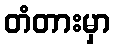
တံတားမှာ